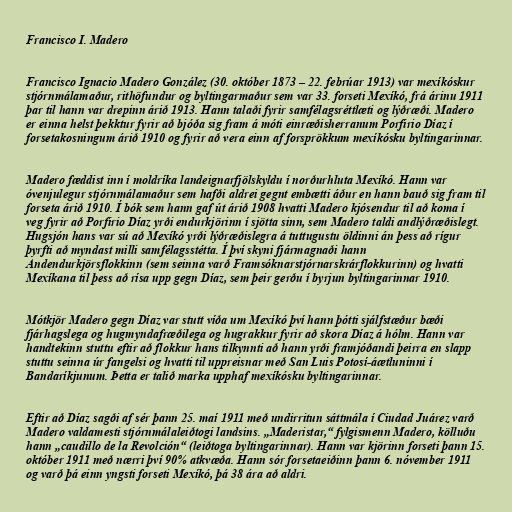
Francisco I. Madero

Francisco Ignacio Madero González (30. október 1873 – 22. febrúar 1913) var mexíkóskur
stjórnmálamaður, rithöfundur og byltingarmaður sem var 33. forseti Mexíkó, frá árinu 1911
þar til hann var drepinn árið 1913. Hann talaði fyrir samfélagsréttlæti og lýðræði. Madero
er einna helst þekktur fyrir að bjóða sig fram á móti einræðisherranum Porfirio Díaz í
forsetakosningum árið 1910 og fyrir að vera einn af forsprökkum mexíkósku byltingarinnar.

Madero fæddist inn í moldríka landeignarfjölskyldu í norðurhluta Mexíkó. Hann var
óvenjulegur stjórnmálamaður sem hafði aldrei gegnt embætti áður en hann bauð sig fram til
forseta árið 1910. Í bók sem hann gaf út árið 1908 hvatti Madero kjósendur til að koma í
veg fyrir að Porfirio Díaz yrði endurkjörinn í sjötta sinn, sem Madero taldi andlýðræðislegt.
Hugsjón hans var sú að Mexíkó yrði lýðræðislegra á tuttugustu öldinni án þess að rígur
þyrfti að myndast milli samfélagsstétta. Í því skyni fjármagnaði hann
Andendurkjörsflokkinn (sem seinna varð Framsóknarstjórnarskrárflokkurinn) og hvatti
Mexíkana til þess að rísa upp gegn Díaz, sem þeir gerðu í byrjun byltingarinnar 1910.

Mótkjör Madero gegn Díaz var stutt víða um Mexíkó því hann þótti sjálfstæður bæði
fjárhagslega og hugmyndafræðilega og hugrakkur fyrir að skora Díaz á hólm. Hann var
handtekinn stuttu eftir að flokkur hans tilkynnti að hann yrði framjóðandi þeirra en slapp
stuttu seinna úr fangelsi og hvatti til uppreisnar með San Luis Potosí-áætluninni í
Bandaríkjunum. Þetta er talið marka upphaf mexíkósku byltingarinnar.

Eftir að Díaz sagði af sér þann 25. maí 1911 með undirritun sáttmála í Ciudad Juárez varð
Madero valdamesti stjórnmálaleiðtogi landsins. „Maderistar,“ fylgismenn Madero, kölluðu
hann „caudillo de la Revolción“ (leiðtoga byltingarinnar). Hann var kjörinn forseti þann 15.
október 1911 með nærri því 90% atkvæða. Hann sór forsetaeiðinn þann 6. nóvember 1911
og varð þá einn yngsti forseti Mexíkó, þá 38 ára að aldri.